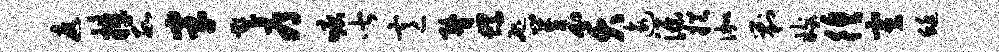
遮捧数半塑辱唳皆意瞀螺咫苍夭逾源挹伽剿嫁徨寅蜓